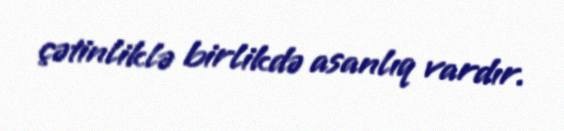
çətinliklə birlikdə asanlıq vardır.